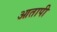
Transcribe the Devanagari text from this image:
आतापी